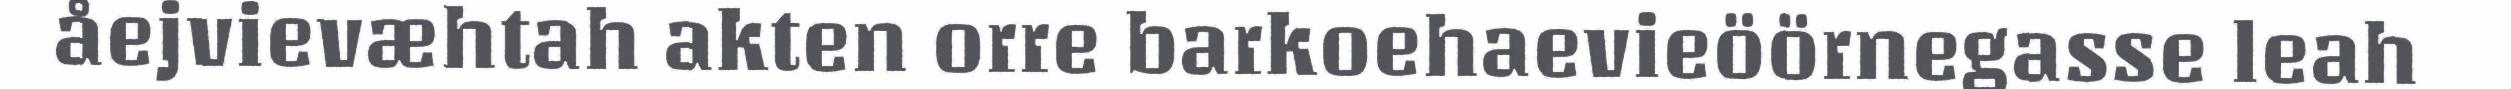
åejvievæhtah akten orre barkoehaevieöörnegasse leah